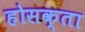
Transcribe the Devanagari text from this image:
होसक्ता